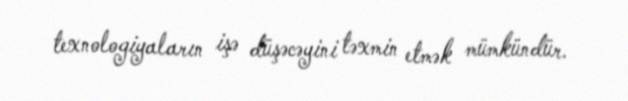
texnologiyaların işə düşəcəyini təxmin etmək mümkündür.